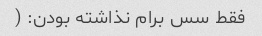
فقط سس برام نذاشته بودن: (